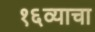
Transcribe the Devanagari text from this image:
१६व्याचा